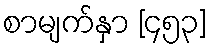
စာမျက်နှာ [၄၅၃]